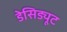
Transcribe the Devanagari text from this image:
डेसिड्यूट